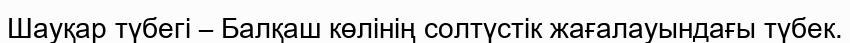
Шауқар түбегі – Балқаш көлінің солтүстік жағалауындағы түбек.